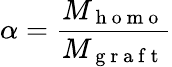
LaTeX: \alpha=\frac{M_{\mathrm{~h~o~m~o~}}}{M_{\mathrm{~g~r~a~f~t~}}}